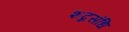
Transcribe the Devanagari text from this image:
शब्दसंधि